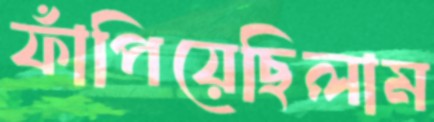
ফাঁপিয়েছিলাম